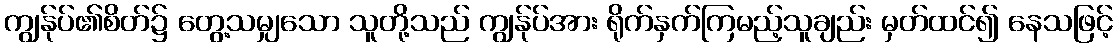
ကျွန်ုပ်၏စိတ်၌ တွေ့သမျှသော သူတို့သည် ကျွန်ုပ်အား ရိုက်နှက်ကြမည့်သူချည်း မှတ်ထင်၍ နေသဖြင့်